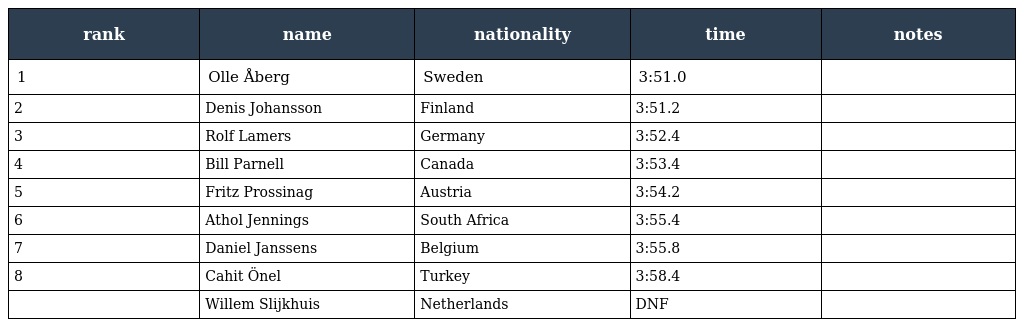
| rank | name | nationality | time | notes |
 | --- | --- | --- | --- | --- |
 | 1 | Olle Åberg | Sweden | 3:51.0 |  |
 | 2 | Denis Johansson | Finland | 3:51.2 |  |
 | 3 | Rolf Lamers | Germany | 3:52.4 |  |
 | 4 | Bill Parnell | Canada | 3:53.4 |  |
 | 5 | Fritz Prossinag | Austria | 3:54.2 |  |
 | 6 | Athol Jennings | South Africa | 3:55.4 |  |
 | 7 | Daniel Janssens | Belgium | 3:55.8 |  |
 | 8 | Cahit Önel | Turkey | 3:58.4 |  |
 |  | Willem Slijkhuis | Netherlands | DNF |  |